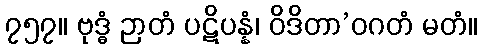
၇၅၇။ ဗုဒ္ဓံ ဉာတံ ပဋိပန္နံ၊ ဝိဒိတာ’ဝဂတံ မတံ။